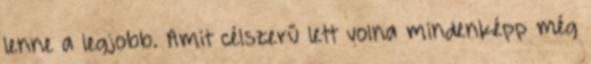
lenne a legjobb. Amit célszerű lett volna mindenképp még